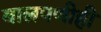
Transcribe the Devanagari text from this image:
बालपणीही